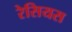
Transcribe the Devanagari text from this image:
रेसियस